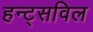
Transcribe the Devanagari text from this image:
हन्ट्सविल